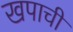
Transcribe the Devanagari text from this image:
खपाची